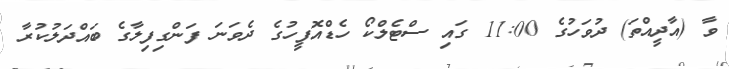
ވާ (އާދީއްތަ) ދުވަހުގެ 11:00 ގައި ސްޓެލްކޯ ހެޑްއޮފީހުގެ ދެވަނަ ފަންގިފިލާގެ ބައްދަލުކުރާ